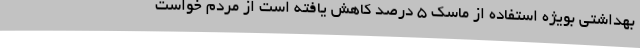
بهداشتی بویژه استفاده از ماسک 5 درصد کاهش یافته است از مردم خواست